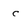
Character: c